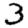
Digit: 3